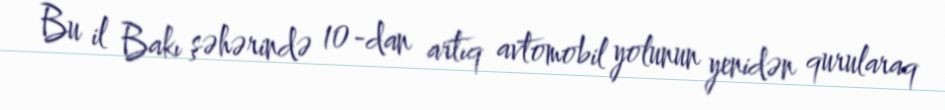
Bu il Bakı şəhərində 10-dan artıq avtomobil yolunun yenidən qurularaq